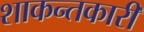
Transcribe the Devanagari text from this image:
शाकन्तकारी